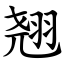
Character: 翘